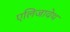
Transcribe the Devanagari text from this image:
एलिजावेथ